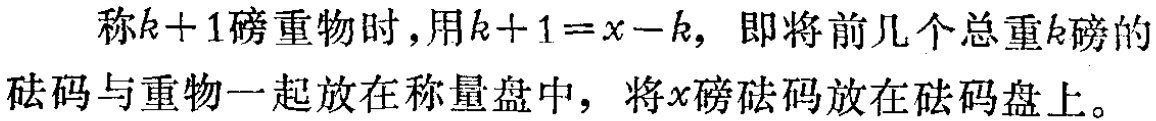
称\(k + 1\)磅重物时，用\(k + 1 = x - k\)，即将前几个总重\(k\)磅的砝码与重物一起放在称量盘中，将\(x\)磅砝码放在砝码盘上。